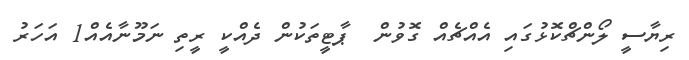
ރިޔާސީ ލޯންޗްކޮޅުގައި އެއްޗެއް ގޮވުން  ޕާޓީތަކުން ދެއްކީ ރީތި ނަމޫނާއެއް1 އަހަރު